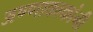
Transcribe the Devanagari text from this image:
अण्णाकाकांनी